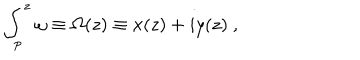
\int _ { p } ^ { z } \omega \equiv \Omega ( z ) \equiv x ( z ) + i y ( z ) ~ ,